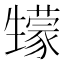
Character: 𤯻